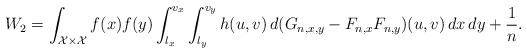
LaTeX: \begin{align*}W_2 = \int_{\mathcal{X} \times \mathcal{X}} f(x)f(y) \int_{l_x}^{v_x} \int_{l_y}^{v_y} h(u,v) \,d(G_{n,x,y} - F_{n,x}F_{n,y})(u,v) \, dx \, dy + \frac{1}{n}.\end{align*}